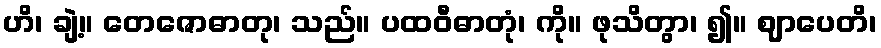
ဟိ၊ ချဲ့။ တေဇောဓာတု၊ သည်။ ပထဝီဓာတုံ၊ ကို။ ဖုသိတွာ၊ ၍။ ဈာပေတိ၊